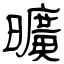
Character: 曠